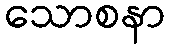
သောစနာ